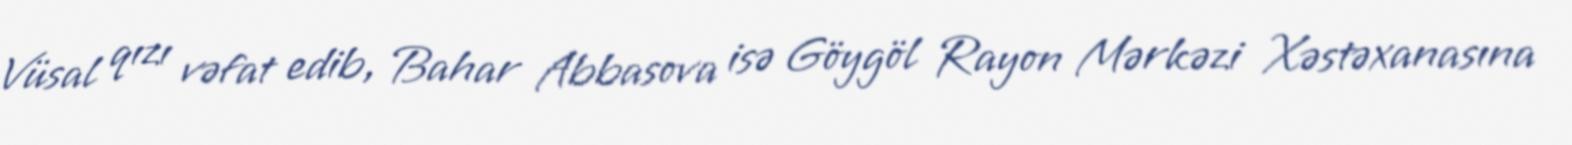
Vüsal qızı vəfat edib, Bahar Abbasova isə Göygöl Rayon Mərkəzi Xəstəxanasına